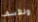
وللأسف